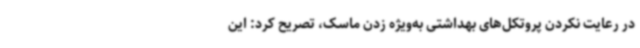
در رعایت نکردن پروتکل‌های بهداشتی به‌ویژه زدن ماسک، تصریح کرد: این